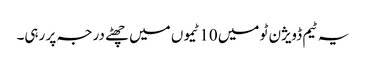
یہ ٹیم ڈویژن ٹو میں 10 ٹیموں میں چھٹے درجہ پر رہی۔